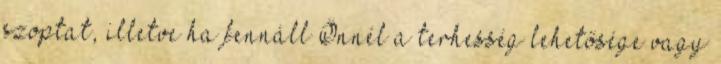
szoptat, illetve ha fennáll Önnél a terhesség lehetősége vagy